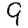
Digit: 9